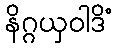
နိဂ္ဂယှဝါဒိံ